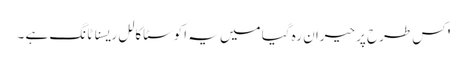
' کس طرح پر حیران رہ گیا میں یہ اکوسٹاکالل ریسناٹانگ ہے ۔